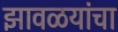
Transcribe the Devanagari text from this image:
झावळयांचा